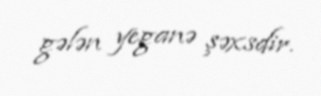
gələn yeganə şəxsdir.